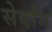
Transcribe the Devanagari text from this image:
सेर्दांग